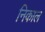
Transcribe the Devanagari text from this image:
निकाल